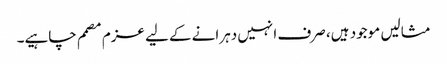
مثالیں موجود ہیں، صرف انہیں دہرانے کےلیے عزم مصمم چاہیے۔